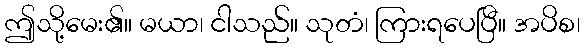
ဤသို့မေး၏။ မယာ၊ ငါသည်။ သုတံ၊ ကြားရပေပြီ။ အပိစ၊